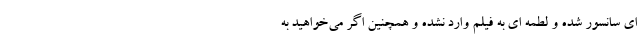
ای سانسور شده و لطمه ای به فیلم وارد نشده و همچنین اگر می‌خواهید به